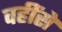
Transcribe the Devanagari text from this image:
वहींसे